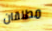
مطلقان